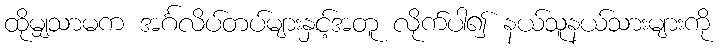
ထိုမျှသာမက အင်္ဂလိပ်တပ်များနှင့်အတူ လိုက်ပါ၍ နယ်သူနယ်သားများကို